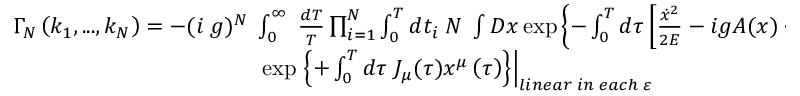
\begin{array} { c } { { \Gamma _ { N } \left( k _ { 1 } , . . . , k _ { N } \right) = - ( i \; g ) ^ { N } \; \int _ { 0 } ^ { \infty } \; \frac { d T } T \prod _ { i = 1 } ^ { N } \int _ { 0 } ^ { T } d t _ { i } \; { \cal N \; } \int { \cal D } x \exp \left\{ - \int _ { 0 } ^ { T } d \tau \left[ \frac { \dot { x } ^ { 2 } } { 2 { \cal E } } - i g A ( x ) \cdot \dot { x } - m ^ { 2 } \right] \right\} \times } } \\ { { \exp \left. \left\{ + \int _ { 0 } ^ { T } d \tau \; J _ { \mu } ( \tau ) x ^ { \mu } \left( \tau \right) \right\} \right| _ { l i n e a r \; i n \; e a c h \; \varepsilon } } } \end{array}